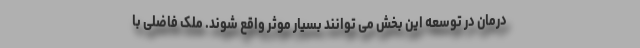
درمان در توسعه این بخش می توانند بسیار موثر واقع شوند. ملک فاضلی با